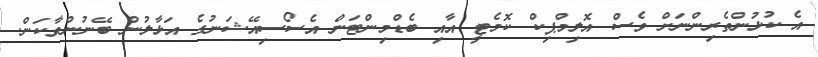
އެ ކުޅުންތެރިންނަށް ވެސް އޮލިމްޕިކް ކޮމެޓީ އާއި ބެޑްމިންޓަން އެސޯސިއޭޝަނުގެ އަޅާލުން ބޭނުންވާކަން.